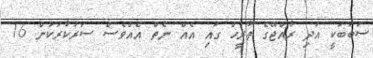
ސަބަބަކީ އަދި ރާއްޖޭގެ ތާރީޚް ގައި އެއް ނެތް އެއްވެސް ސަރުކާރަކުން 16